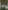
-